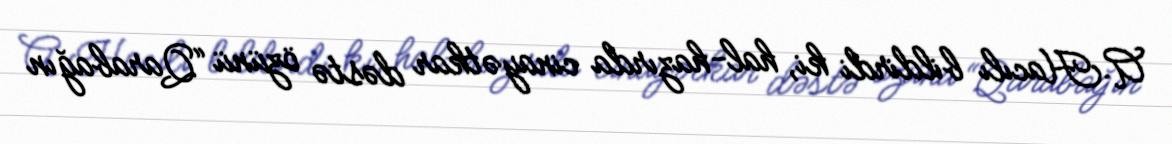
A.Hacılı bildirdi ki, hal-hazırda cinayətkar dəstə özünü “Qarabağın